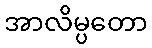
အာလိမ္ပတော